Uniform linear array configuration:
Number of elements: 4
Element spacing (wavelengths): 1
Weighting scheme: binomial
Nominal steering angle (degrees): -45
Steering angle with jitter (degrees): -43.51
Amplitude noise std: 0.05
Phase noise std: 0.05

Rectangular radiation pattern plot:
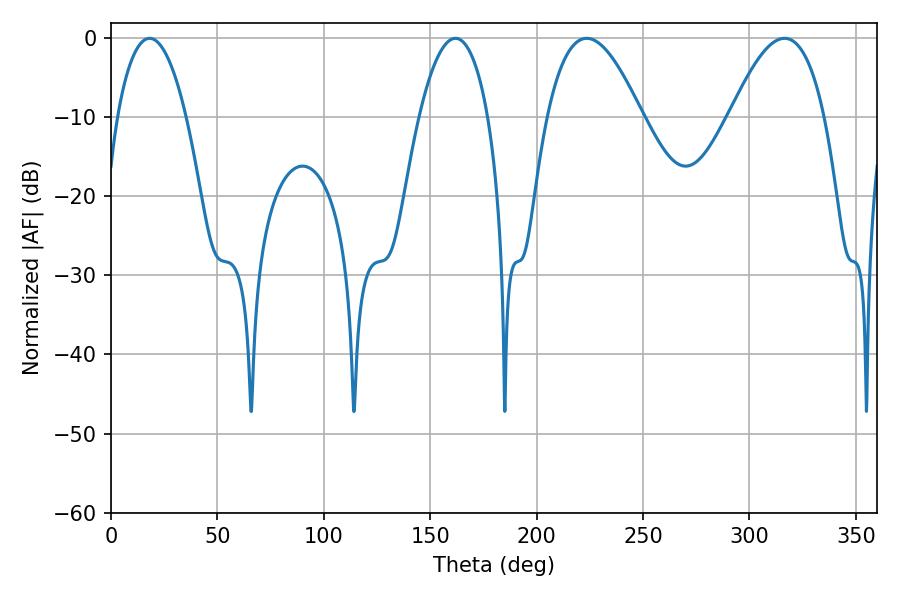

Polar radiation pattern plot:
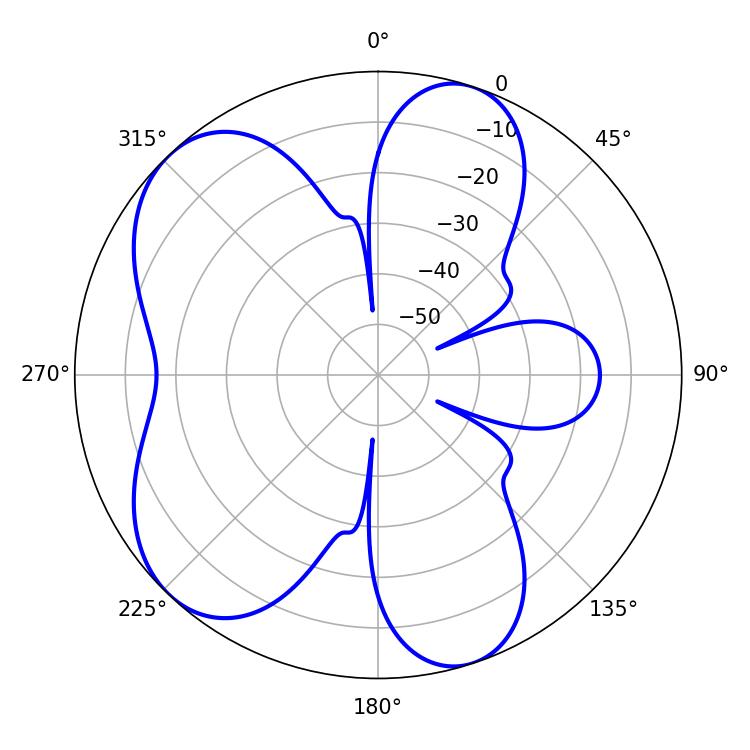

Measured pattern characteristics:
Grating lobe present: TRUE
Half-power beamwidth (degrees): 24.3
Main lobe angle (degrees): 223.56